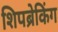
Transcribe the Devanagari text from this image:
शिपब्रेकिंग